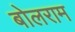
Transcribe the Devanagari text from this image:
बोलराम